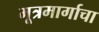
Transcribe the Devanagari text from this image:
मूत्रमार्गाचा